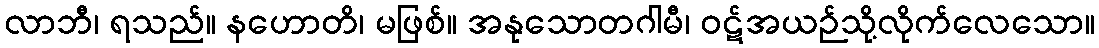
လာဘီ၊ ရသည်။ နဟောတိ၊ မဖြစ်။ အနုသောတဂါမီ၊ ဝဋ်အယဉ်သို့လိုက်လေသော။